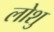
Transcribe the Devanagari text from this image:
लोशु